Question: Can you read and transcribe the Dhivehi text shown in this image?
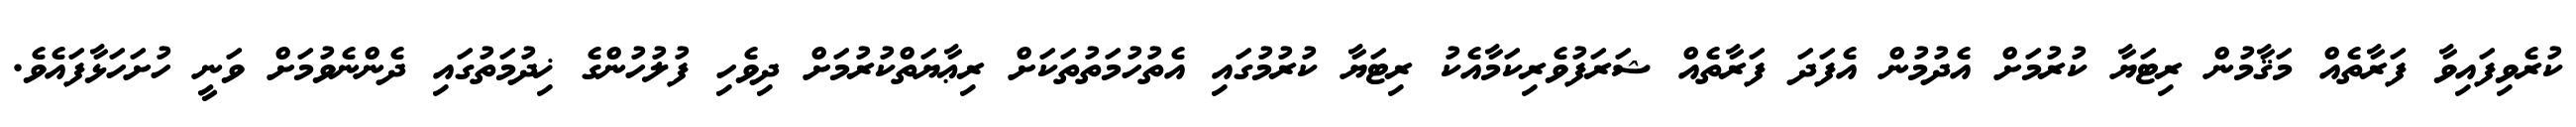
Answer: ކުރެވިފައިވާ ފަރާތެއް މަޤާމުން ރިޓަޔާ ކުރުމަށް އެދުމުން އެފަދަ ފަރާތެއް ޝަރަފުވެރިކަމާއެކު ރިޓަޔާ ކުރުމުގައި އެތުހުމަތުތަކަށް ރިޢާޔަތްކުރުމަށް ދިވެހި ފުލުހުންގެ ޚިދުމަތުގައި ދެންނެވުމަށް ވަނީ ހުށަހަޅާފައެވެ.